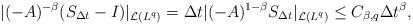
LaTeX: \begin{align*}|(-A)^{-\beta}(S_{\Delta t}-I)|_{\mathcal{L}(L^q)}= \Delta t|(-A)^{1-\beta}S_{\Delta t}|_{\mathcal{L}(L^q)} \le C_{\beta,q}\Delta t^\beta,\end{align*}